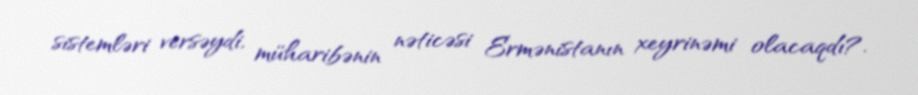
sistemləri versəydi, müharibənin nəticəsi Ermənistanın xeyrinəmi olacaqdı?.